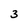
Character: 3